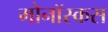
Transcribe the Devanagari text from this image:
मोनॉस्कस